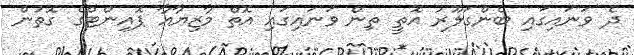
ދެ ވަނައިގައި ބެންގަލޫރު އޮތީ ތިން ވަނައިގައި އޮތް މާޒިޔާއާ ޕޮއިންޓްގެ ގޮތުން